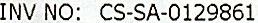
INV NO: CS-SA-0129861